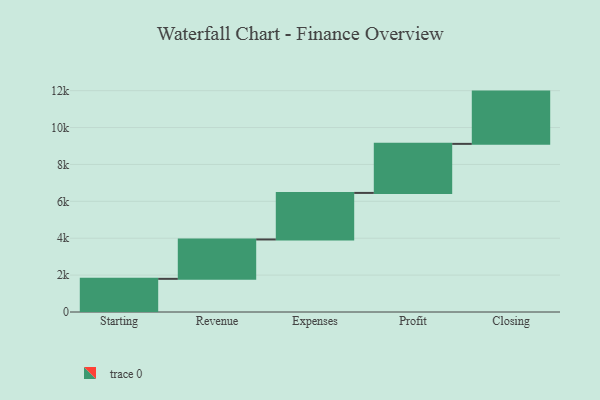
{"axis": {"x": "Step", "y": "Value"}, "legend": [""], "data": [{"x": "Starting", "y": 1798.0, "type": ""}, {"x": "Revenue", "y": 2135.0, "type": ""}, {"x": "Expenses", "y": 2524.0, "type": ""}, {"x": "Profit", "y": 2659.0, "type": ""}, {"x": "Closing", "y": 2834.0, "type": ""}]}